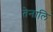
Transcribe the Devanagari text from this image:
तेनालि